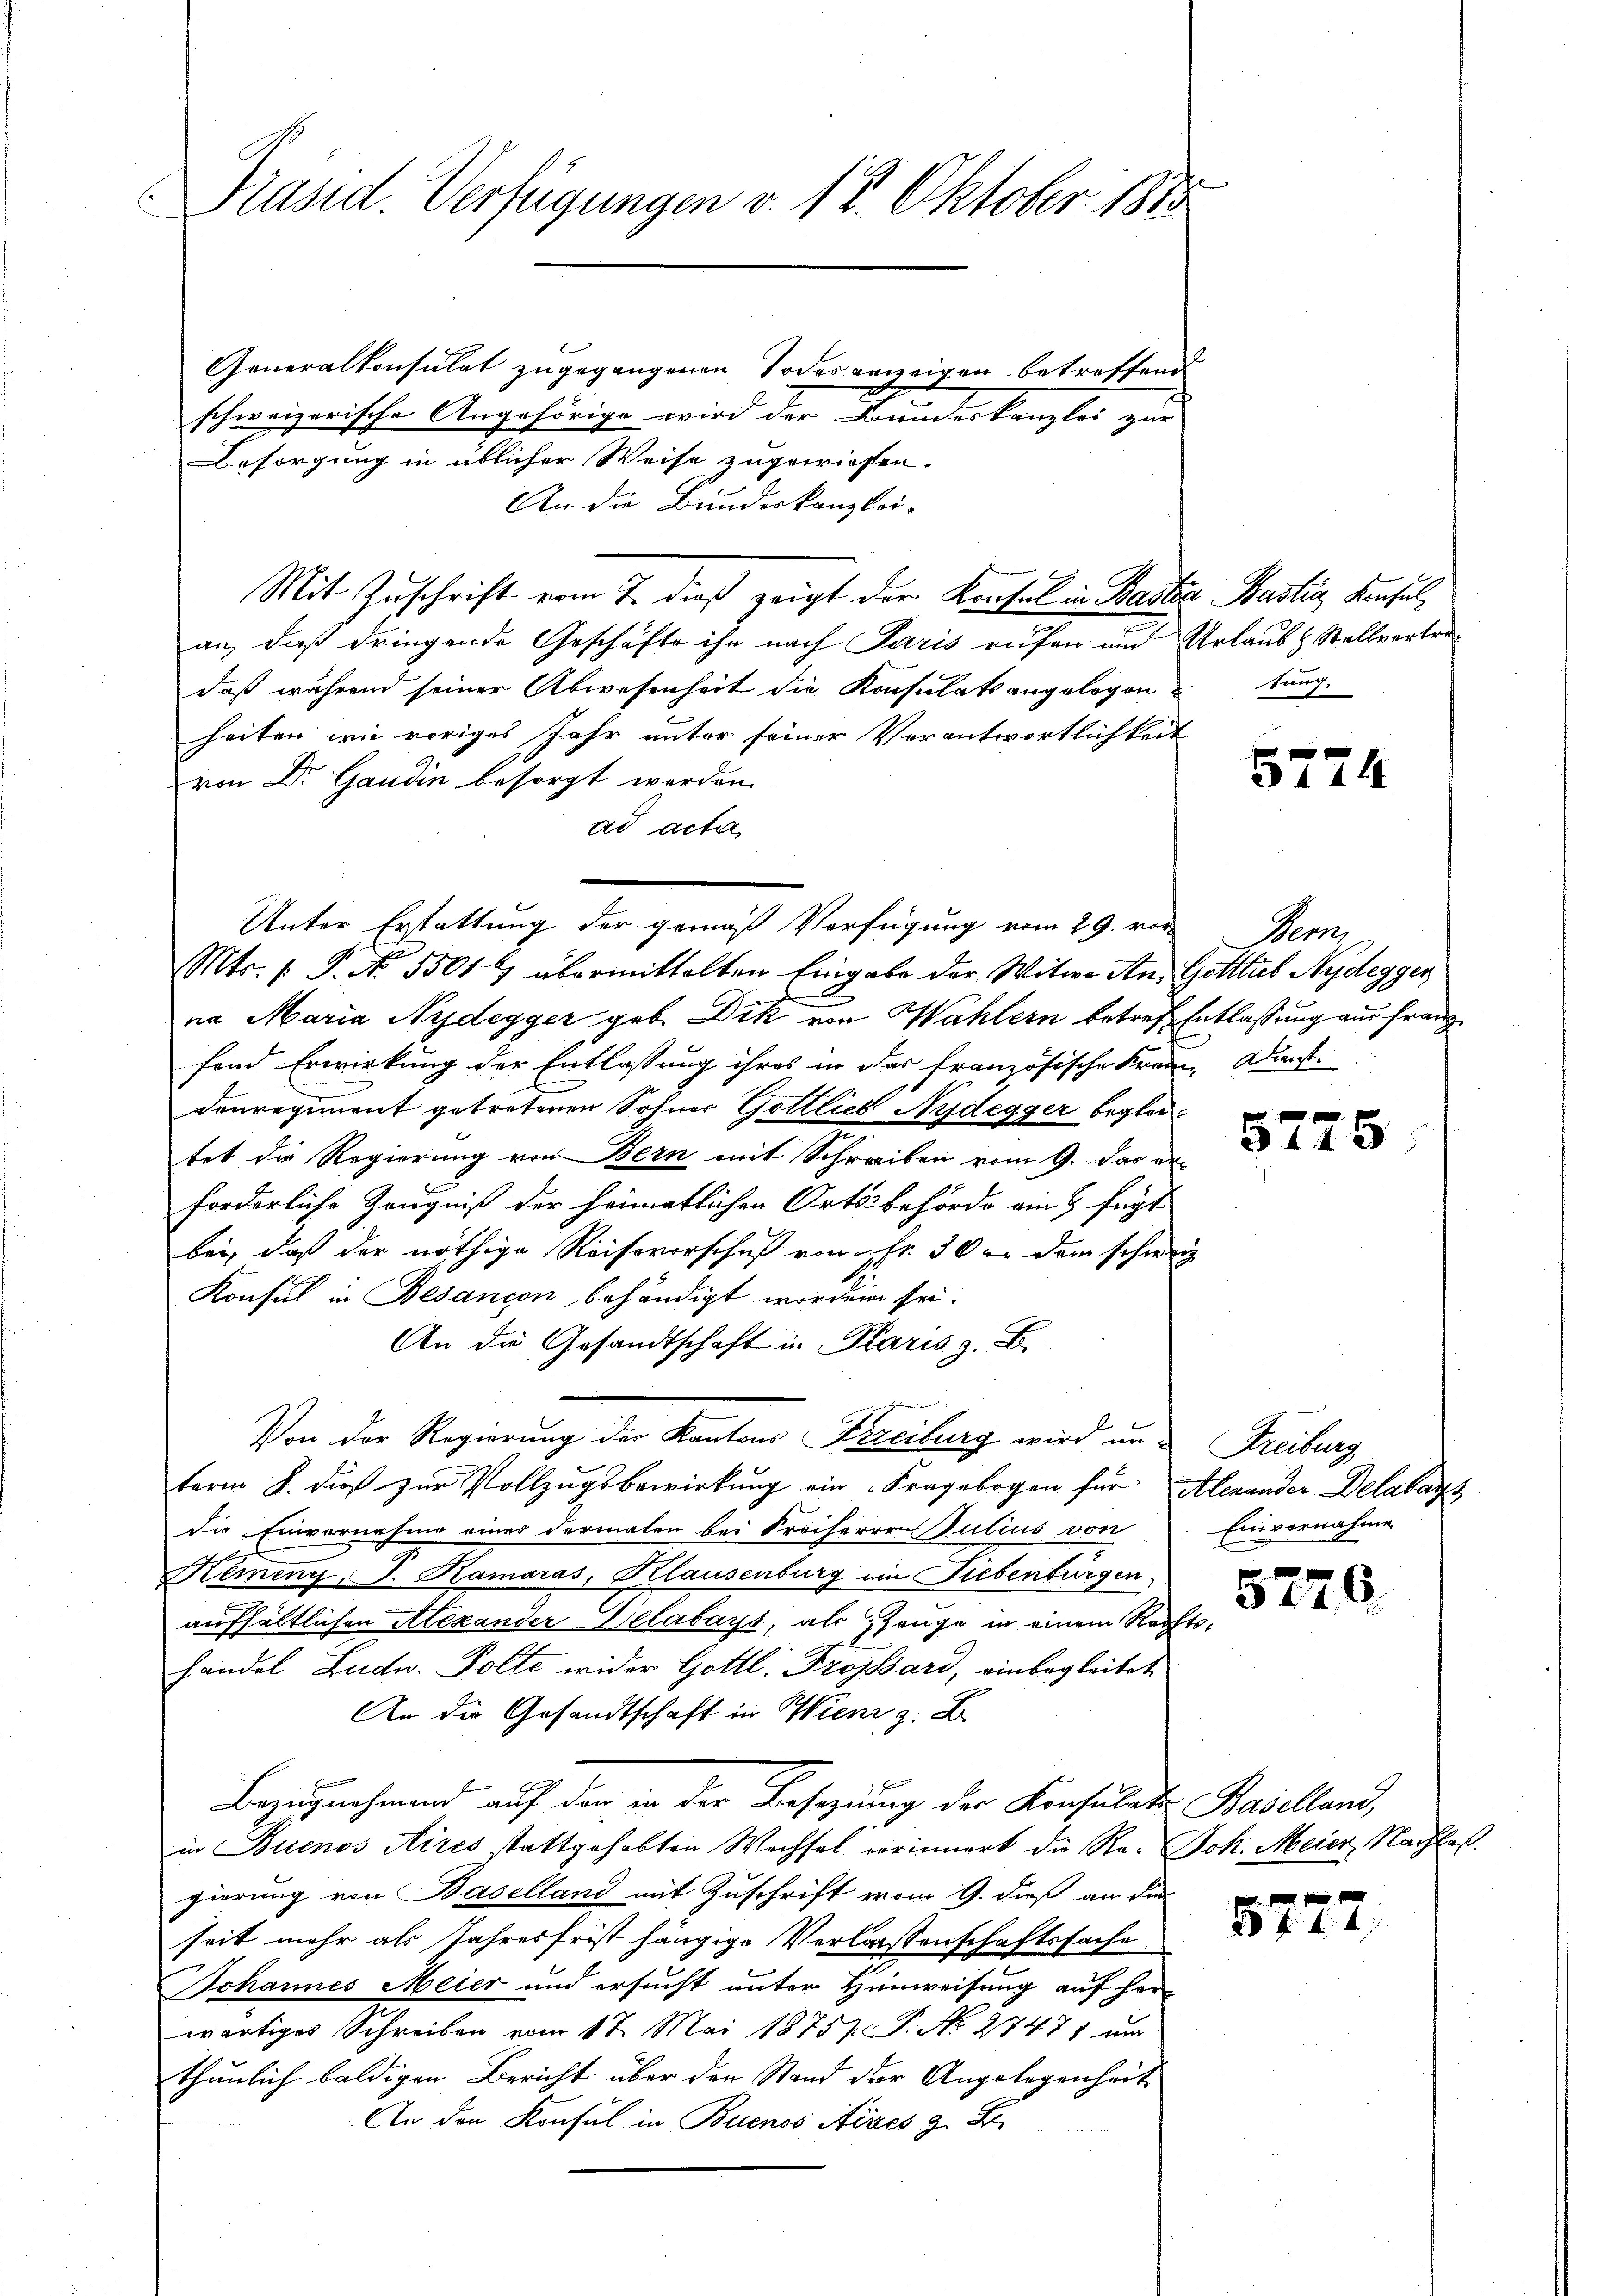
Präsid. Verfügungen v. 18. Oktober 1875

Generalkonsulat zugegangenen Todeserweigen betreffend
schweizerische Angehörige wird der Bunderkanzlei zur
Besorgung in üblicher Weise zugewiesen.
An die Bundeskanzlei-
Mit Zuschrift vom 7. dieß zeigt der Konsul in Baster Bastig Konsulan, daß dringende Geschäfte ihn nach Paris rufen und Urlaub & Stellvertradaß während seiner Abwesenheit die Konsulats angelogen
heiten wie voriges Jahr unter seiner Verantwortlichkeit
von Dr. Gaudin besorgt werden.
ad acta
Unter Erstattung der gemäß Verfügung vom 29. von Bern,
Mts. 1. P. Nr. 35014 übermittelten Eingabe der Witwe An. Gottlieb Nydegger
2
na Maria Nydegger geb. Dik von Wahlern betref Entlassung aus franz
fend Erwirkung der Entlassung ihres in das französische Freien Dienstdenregiment getretenen Sohner Gottlieb Nydegger begleitet die Regierung von Bern mit Schreiben vom 9. das an
forderliche Zeugniß der heimatlichen Ortsbehörde ain 3 fügt
bei, daß der nöthige Reisovorschuß von Fr. 50 an dem schweiz
Konsul in Besançon behändigt worden sei.
An die Gesandtschaft in Karis z. B.
Von der Regierung der Kantons Freiburg wird an Freiburg
term 8. dieß zur Vollzugsbewirkung ein Fragebogen für Alexander Delabar
die Einvernahme eines dermalen bei Freiherren Julius von
Remeny, J. Kamaras, Klausenburg ein Liebenburgen.
aufhältlichen Alexander Delabays, als Zeuge in einem Rechtshandel Ludw. Polte wider Gottl. Trossard, einbegleitet.
An die Gesandtschaft in Wien z. B.
Bezugnahmend auf der in der Besetzung der Konsulate Baselland,
in Buenos Aires stattgehabten Wechsel verinnert die Re- Joh. Meier, Nachlaß
gierung von Baselland mit Zuschrift vom 9. dieß an die
seit mehr als Jahresfrist hängige Verlassenschaftssache
Johannes Meier und ersucht unter Hinweisung auf herwärtiges Schreiben vom 17. Mai 1875 P. No. 27471 um
thunlich baldigen Bericht über der Stand der Angelegenheit
An der Konsul in Buenos Aires z. B.

tung.

5724

x
3 44 x

Einvernahme

5776.

5727.